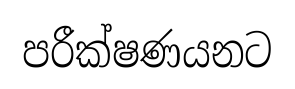
පරීක්ෂණයනට